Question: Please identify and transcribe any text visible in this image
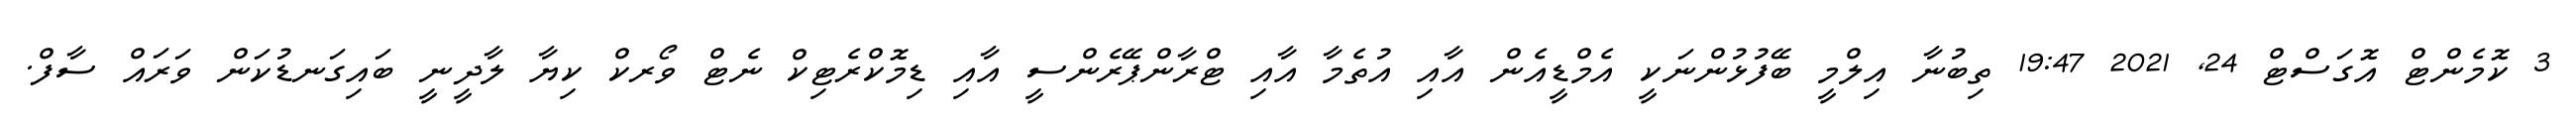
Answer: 3 ކޮމެންޓް އޮގަސްޓް 24, 2021 19:47 ތިބުނާ އިލްމީ ބޭފުޅުންނަކީ އެމްޑީއެން އާއި އުތެމާ އާއި ޓްރާންޕޭރެންސީ އާއި ޑިމޮކްރެޓިކް ނެޓް ވޯރކް ކިޔާ ލާދީނީ ބައިގަނޑުކަން ވަރައް ސާފް.